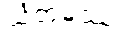
ယံတုမဿ